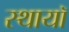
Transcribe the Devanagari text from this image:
स्थायॉ